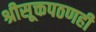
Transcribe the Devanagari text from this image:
श्रीसूक्तपठणही